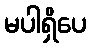
မပါရှိပေ